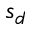
s _ { d }